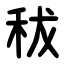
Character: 秡